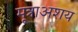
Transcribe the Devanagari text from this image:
मूत्राअशय